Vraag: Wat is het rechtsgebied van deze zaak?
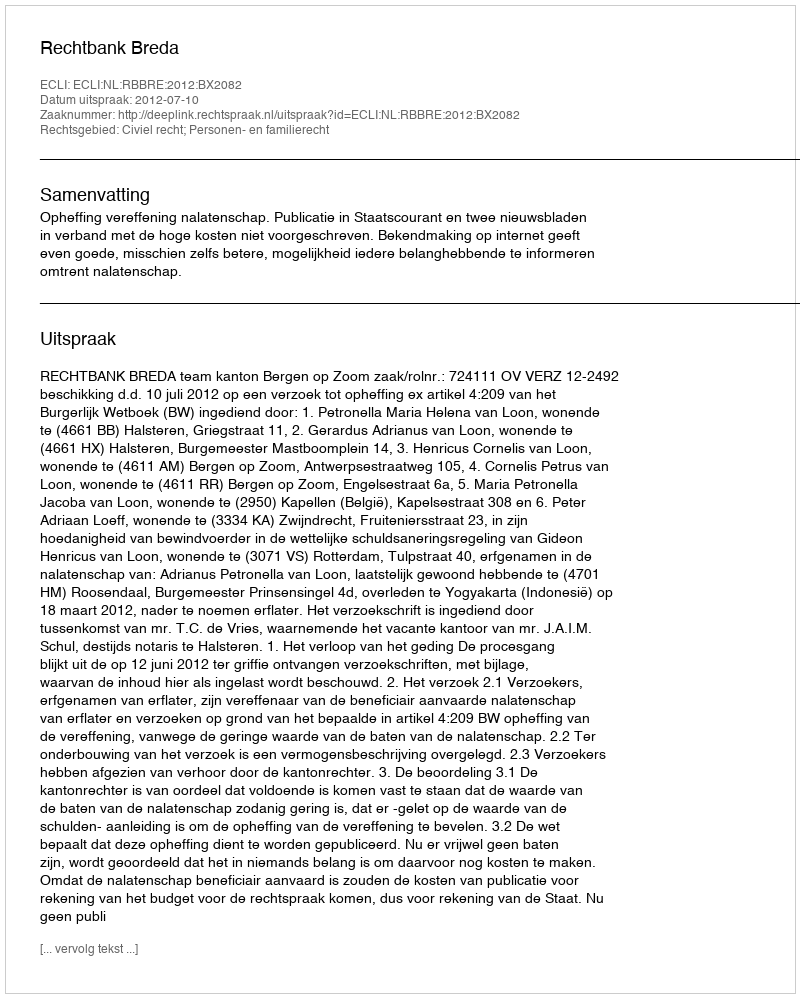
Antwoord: Civiel recht; Personen- en familierecht